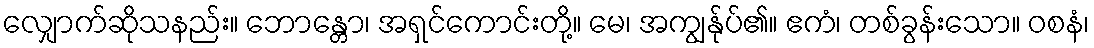
လျှောက်ဆိုသနည်း။ ဘောန္တော၊ အရှင်ကောင်းတို့။ မေ၊ အကျွန်ုပ်၏။ ဧကံ၊ တစ်ခွန်းသော။ ဝစနံ၊